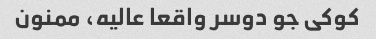
کوکی جو دوسر واقعا عالیه، ممنون